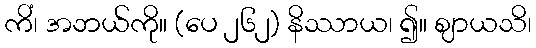
ကိံ၊ အဘယ်ကို။ (ပေ ၂၆၂) နိဿာယ၊ ၍။ ဈာယသိ၊